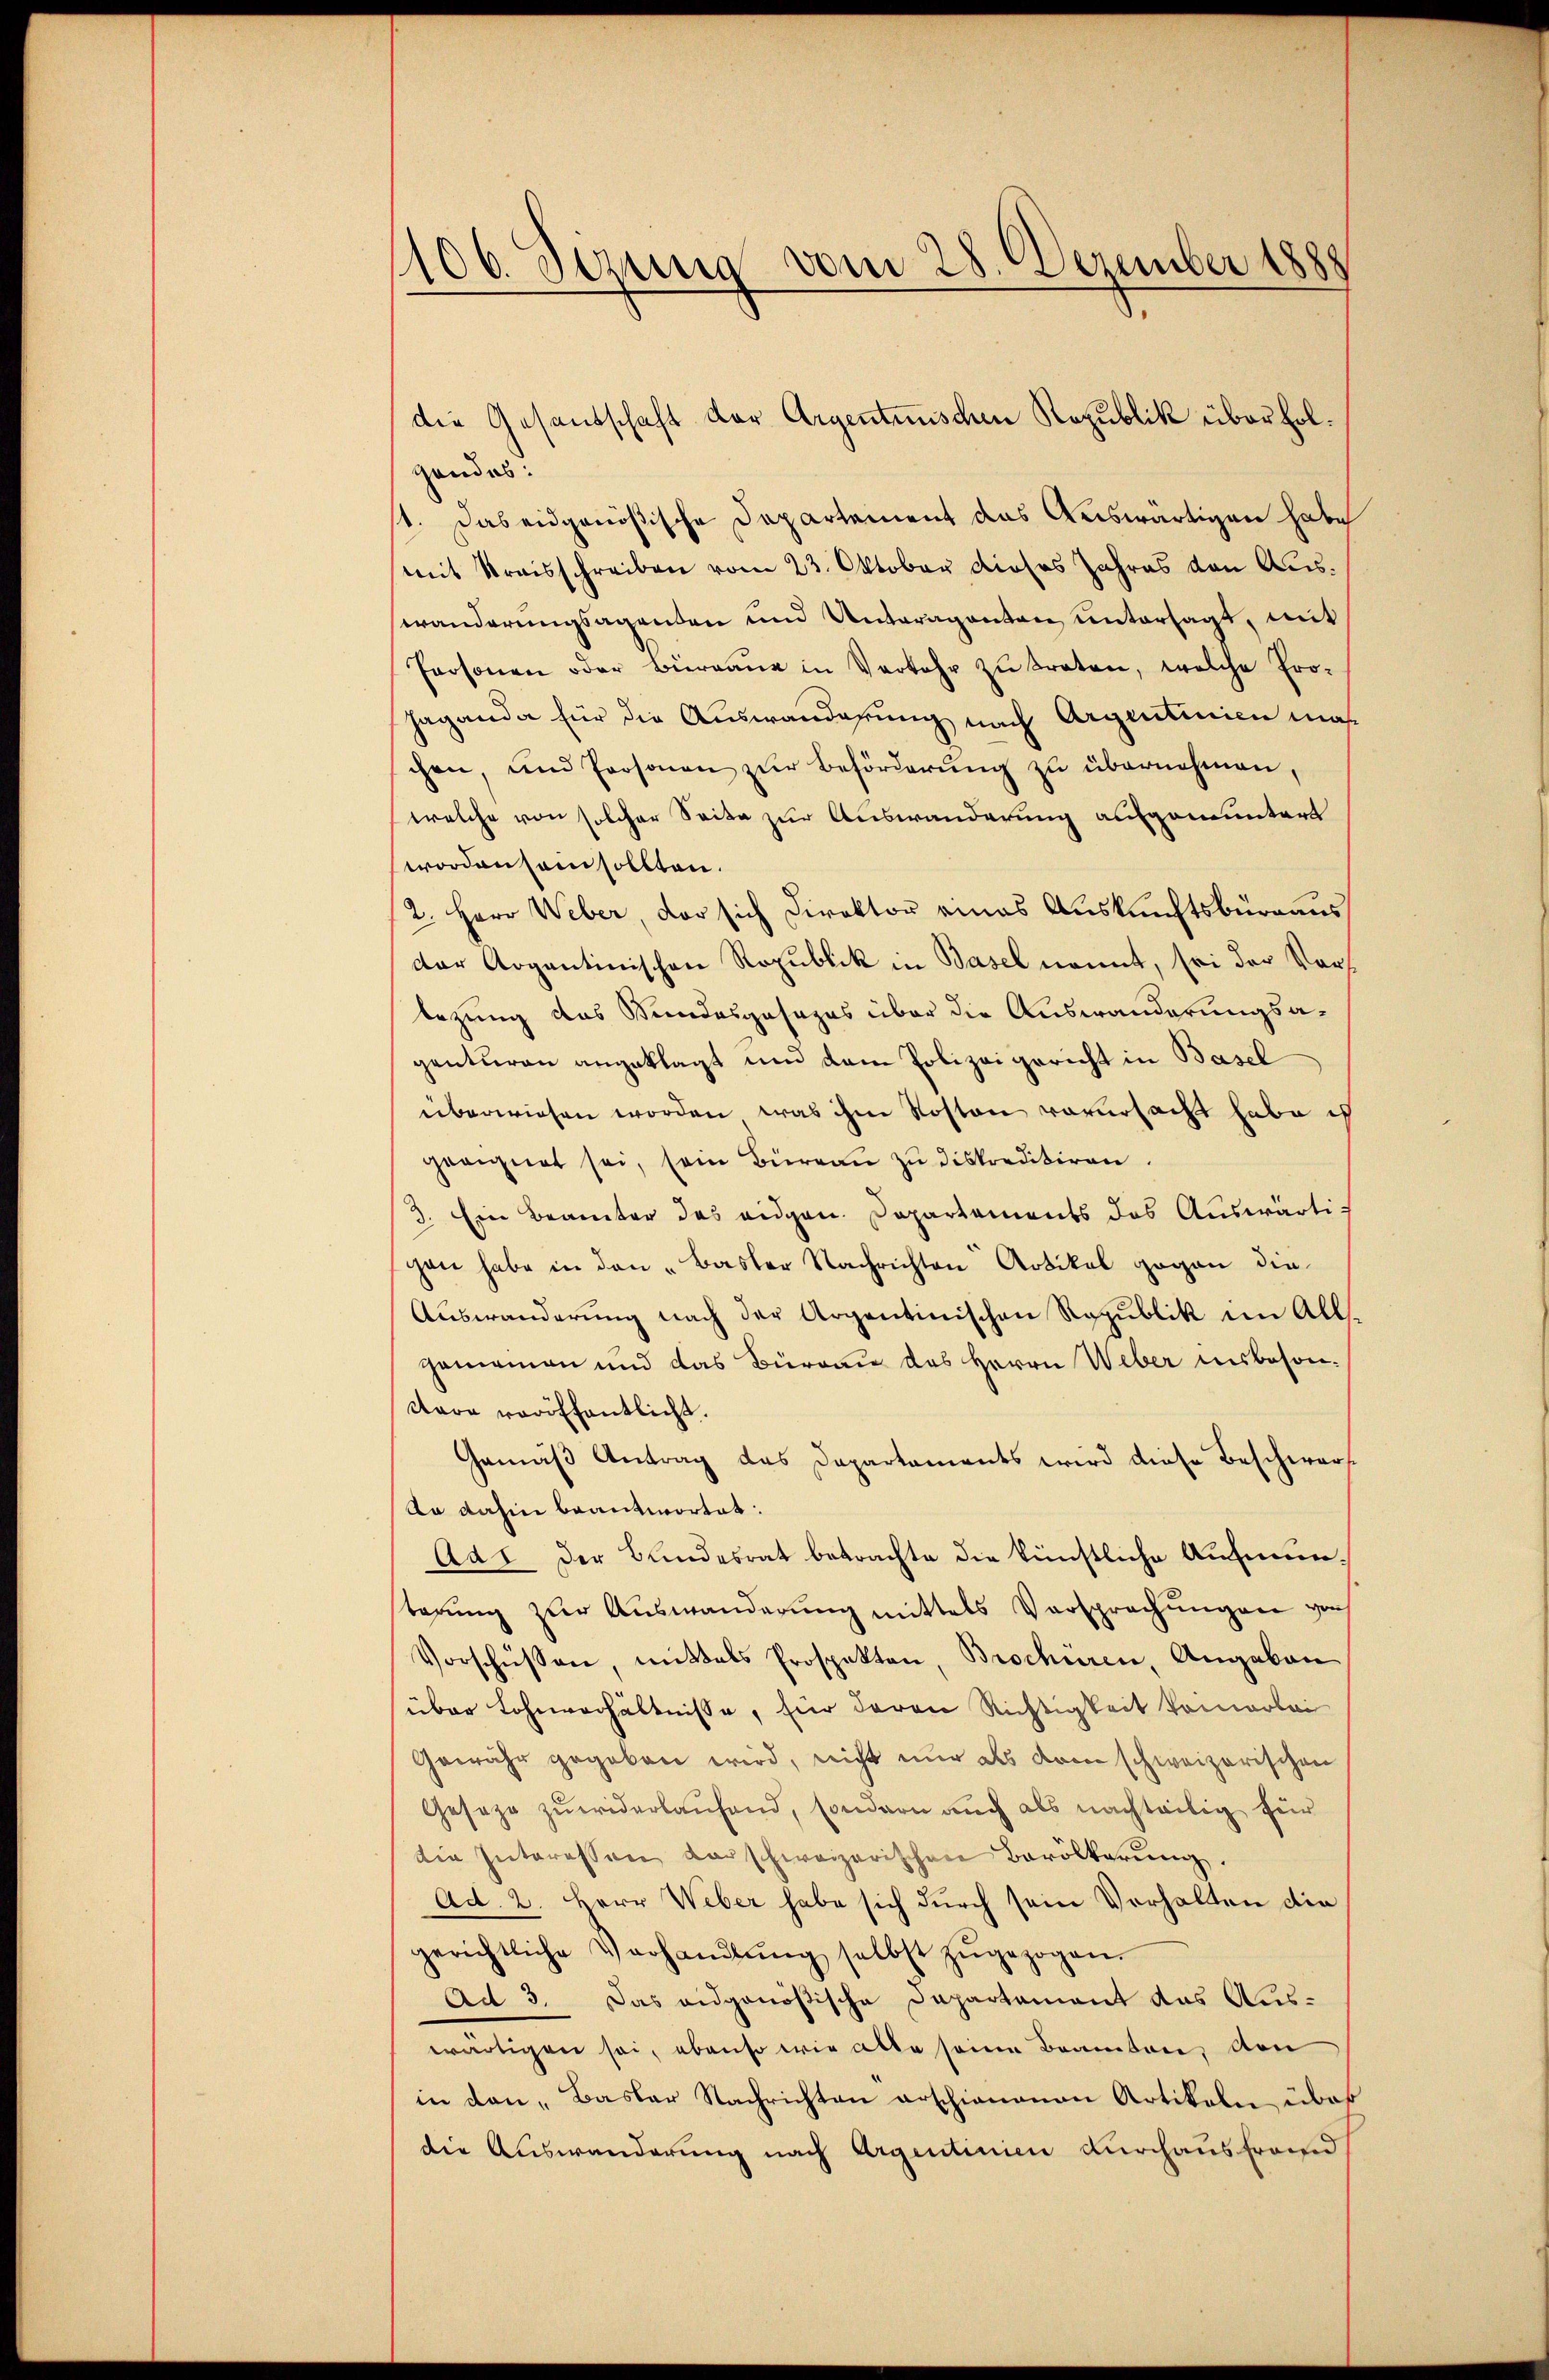
106. Sizung vom 28. Dezember 1888
1

gandes:
1. Das eidgenößische Departement das Auswärtigen habe
mit Kraisschreiben vom 23. Oktober dieses Jahres von Auswanderungsagenden und Unteraganten untersagt, mit
Personen oder Büreaŭ in Verkehr zŭ treten, welche Pro-
Haganda für die Auswanderung nach Argentinien maß
chen, und Personen zŭr Beförderŭng zŭ übernehmen,
welche von solcher Seite zur Auswanderung aufgemuntert
worden sein sollten.
2. Herr Weber, der sich Direktor eines Auskunftsbüreaus
der Argantinischen Republik in Basel nannt, sei der Vors
tezung des Stundesgesages über die Auswanderungsagenturen angeklagt und dem Polizeigericht in Basel
überwiesen worden, was ihm Roston verursacht habe is
geeignet sei, sein Büreaŭ zŭ diskreditiren.
3. Ein Beamter des eidgen. Dapartaments das Auswärti-
gen habe in den „Basler Nachrichten Artikel gegen die¬
Auswanderung nach der Argentinischen Republik im All.
gemeinen und das Büreau des Herrn Weber insbesonttare veröffentlicht.
Gemäß Antrag das Departaments wird diese Beschwerf
An dahin beantwortet:
Ad 1. der Bundesrat betrachte die künstliche Aufmunterung zur Auswanderung mittels Versprechungen von
Vorschüssen, mittels Prospekten, Brochüren, Angaben
über Lohnverhältnisse, für deren Richtigkeit komerlei
Gewähr gegeben wird, nicht nur als drin schweizerischen
Geseze zuwiderlaufend, sondern auch als nachteilig für
die Interessen darschweizerischen Bevölkerŭng.
Ad. 2. Herr Weber habe sich durch sein Verhalten die
gerichtliche Verhandlŭng selbst zŭgezogen.
Ad 3. Das eidgenößische Departement das Auswärtigen sei, ebenso wir alle seine Beamten, den
in den „Basler Nachrichten erschienenen Artikeln über
die Auswanderung nach Argentinien durchaus frand

die Gesandschaft der Argentunischen Republik über hol¬